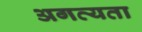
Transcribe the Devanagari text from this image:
अगत्यता